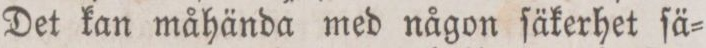
Det kan måhända med någon ſäkerhet ſä=